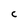
Character: C